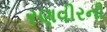
રણવીરની